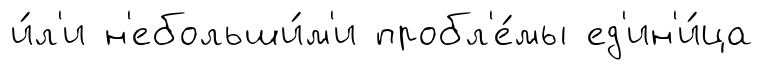
и́л'и н'ебольши́м'и пробл'е́мы ед'ин'и́ца